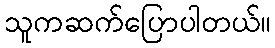
သူကဆက်ပြောပါတယ်။